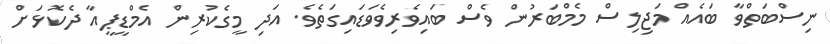
ނިސްބަތްވާ ބައެއް މަޖިލިސް މެމްބަރުން ވެސް ބައިވެރިވެވަޑައިގަތެވެ. އަދި މީގެކުރިން އެމްޑީޕީއާ ދެކޮޅަށް